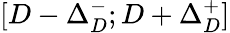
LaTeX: [D-\Delta_{D}^{-};D+\Delta_{D}^{+}]